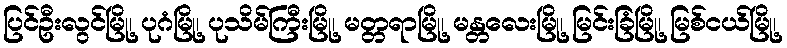
ပြင်ဦးလွင်မြို့၊ ပုဂံမြို့၊ ပုသိမ်ကြီးမြို့၊ မတ္တရာမြို့၊ မန္တလေးမြို့၊ မြင်းခြံမြို့၊ မြစ်ငယ်မြို့၊